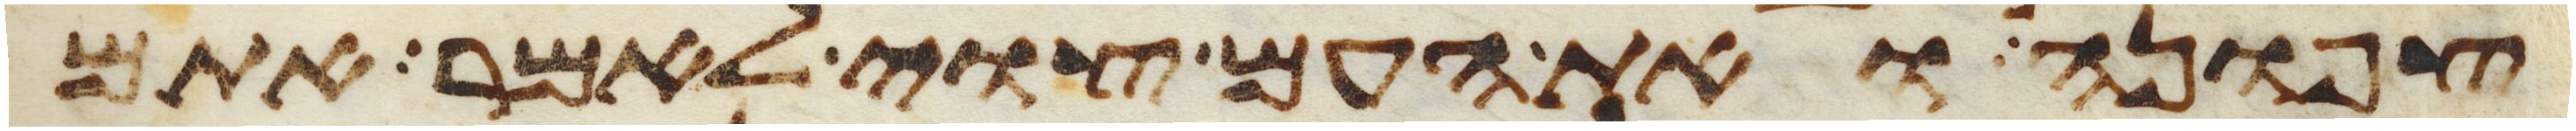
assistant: צפונה ואת העם צוי לאמר אתם